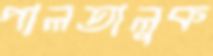
পালতালুক